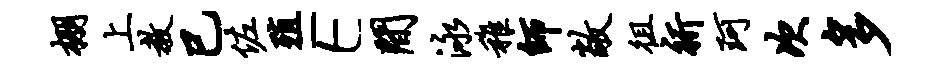
棚上教巳佐殖E间泳稚师敞徂祈珂次多